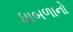
ધાબળાનો